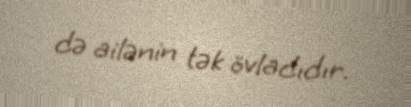
də ailənin tək övladıdır.